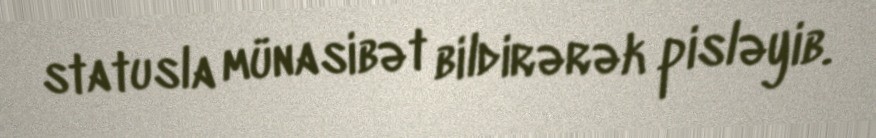
statusla münasibət bildirərək pisləyib.